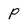
Character: P